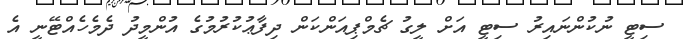
ސިޓީ ނުކުންނައިރު ސިޓީ އަށް ލީގު ޗެމްޕިއަންކަން ދިފާޢުކުރުމުގެ އުންމީދު ދެމެހެއްޓޭނީ އެ